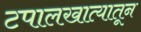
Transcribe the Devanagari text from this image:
टपालखात्यातून